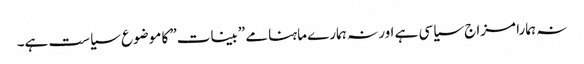
نہ ہمارا مزاج سیاسی ہے اور نہ ہمارے ماہنامے ”بینات” کا موضوع سیاست ہے۔